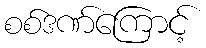
စစ်ဒဏ်ကြောင့်